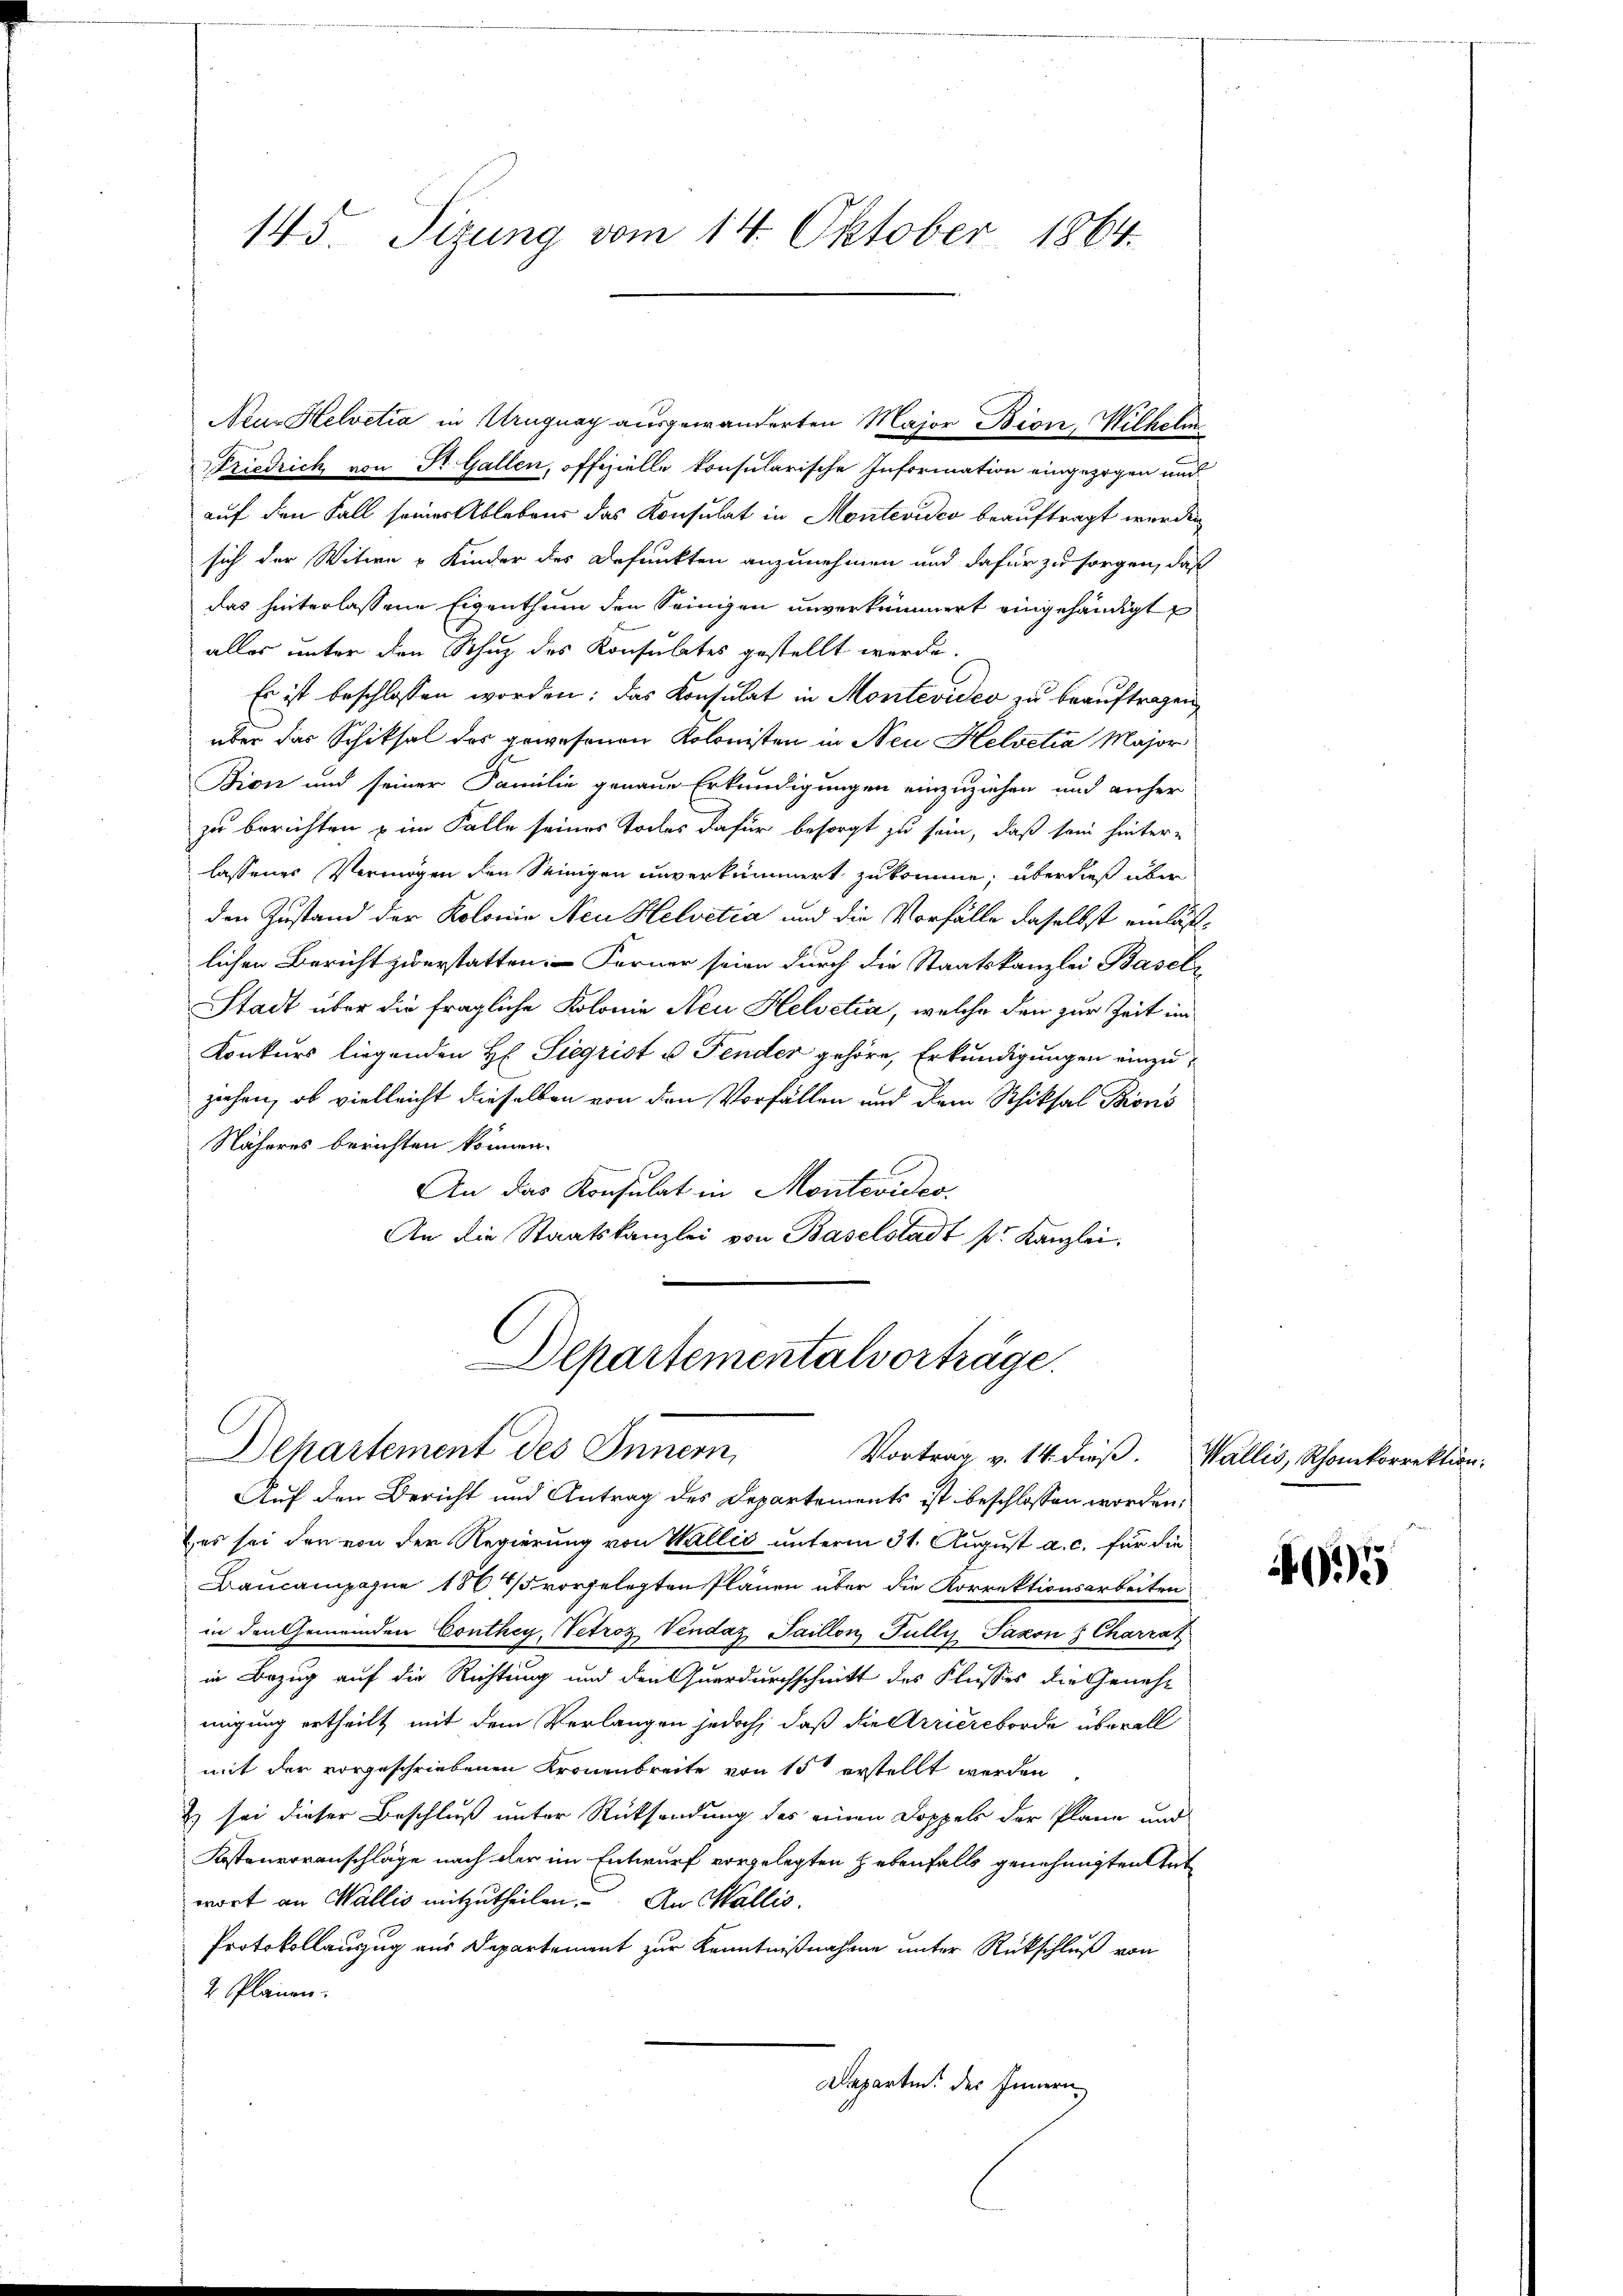
145. Sizung vom 14. Oktober 1864.

Neur Helvetia in Uruguay ausgewanderten Major Bion, Wilhelm
Friedrich von St. Gallen, offizielle konsularische Information eingezogen und
auf den Fall seiner Ablebens das Konsulat in Montevideo beauftragt werden
sich der Witwe u Kinder des Befunkten anzunehmen und dafür zu sorgen, daß
das hinterlassene Eigenthum den Seinigen unverkümmert eingehändigt
alles unter den Schuz des Konsulates gestellt werde.
Es ist beschlossen worden: das Konsulat in Montevideo zu beauftragen,
über das Schiksal des gewesenen Kolonisten in Neu Helvetia Major
Bion und seiner Familie genaue Erkundigungen einzuziehen und anher
zu berichten & im Falle seines Todes dafür besorgt zu sein, daß sein hinter-
lassenes Vermögen den Seinigen unverkümmert zukomme; überdieß über
den Zustand der Kolonie Neu Helvetia und die Vorfälle daselbst einläßlichen Bericht zuerstatten. Ferner seien durch die Staatskanzlei Basel-
Stadt über die fragliche Kolonie Neu Helvetia, welche den zur Zeit im
Konkurs liegenden H. Siegrist u Fender gehöre, Erkundigungen einzuziehen, ob vielleicht dieselben von den Vorfällen und dem Schiksal Barons
Näheres berichten können.
An das Konsulat in Montevideo
An die Staatskanzlei von Baselstadt k. Kanzlei,
Departementalvorträge.
Dehartement des Innern
Vortrag v. 14. dieß. Wallis, Rhonkorrektion.
Auf den Bericht und Antrag des Departements ist beschlossen worden,
 es sei den von der Regierung von Wallis unterm 31. August a. c. für die
Baucampagne 1864/5 vorgelegten Plänen über die Korrektionsarbeiten
in den Gemeinden Conthey, Petroz Vendaz Saillon, Fully Saxon 3 Charrat
in Bezug auf die Richtung und den Querdurchschnitt des Flusses die Genehmigung ertheilt mit dem Verlangen jedoch, daß die Arriereborde überall
mit der vorgeschriebenen Kronenbreite von 15 erstellt werden
& sei dieser Beschluß unter Rücksendung des einen Doppels der Plane und
Kostenvoranschläge nach der im Entwurf vorgelegten hebenfalls genehmigten Antwort an Wallis mitzutheilen. An Wallis.
Protokollauszug aus Departement zur Kenntnißnahme unter Rückschluß von
2. Plänen.
Dapartin des Innern,

5